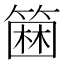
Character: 𥲢